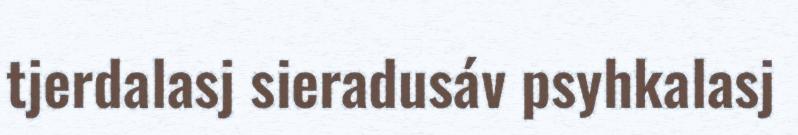
tjerdalasj sieradusáv psyhkalasj